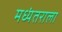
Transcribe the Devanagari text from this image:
मध्यंतराला